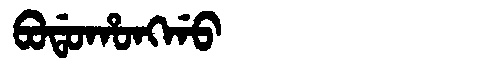
Manchu: ᠪᠣᡩᠣᡥᠣᠩᡤᠣ
Romanization: BODOHONGGO